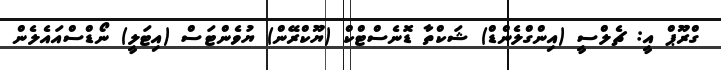
ގްރޫޕް އީ: ޗެލްސީ (އިންގްލެންޑް) ޝަކްތާ ޑޮނެސްޓްކް (ޔޫކްރޭން) ޔުވެންޓަސް (އިޓަލީ) ނޯޑްސްއައެލެން